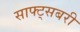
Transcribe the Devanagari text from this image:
साफ्ट्सबरी